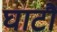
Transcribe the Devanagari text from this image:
घाटौं